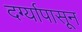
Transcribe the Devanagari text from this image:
दर्ग्यापासून